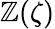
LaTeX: \mathbb{Z}(\zeta)